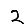
Digit: 2